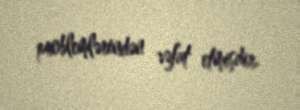
problemlərindən vəfat etmişdir.